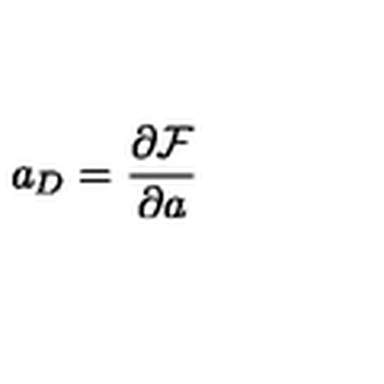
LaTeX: a _ { D } = \frac { \partial \mathcal { F } } { \partial a }